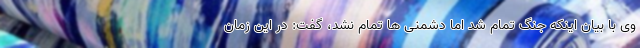
وی با بیان اینکه جنگ تمام شد اما دشمنی ها تمام نشد، گفت: در این زمان